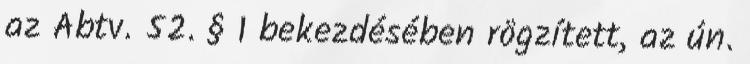
az Abtv. 52. § 1 bekezdésében rögzített, az ún.